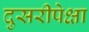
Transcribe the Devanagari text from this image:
दुसरीपेक्षा